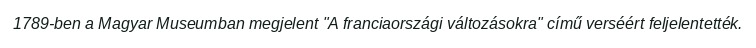
1789-ben a Magyar Museumban megjelent "A franciaországi változásokra" című verséért feljelentették.